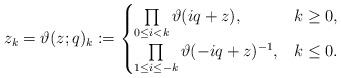
LaTeX: \begin{gather*}z_k =\vartheta(z;q)_k:=\begin{cases} \prod\limits_{0\le i<k} \vartheta(iq+z),& k\ge 0,\\\prod\limits_{1\le i\le -k} \vartheta(-iq+z)^{-1}, & k\le 0.\end{cases}\end{gather*}